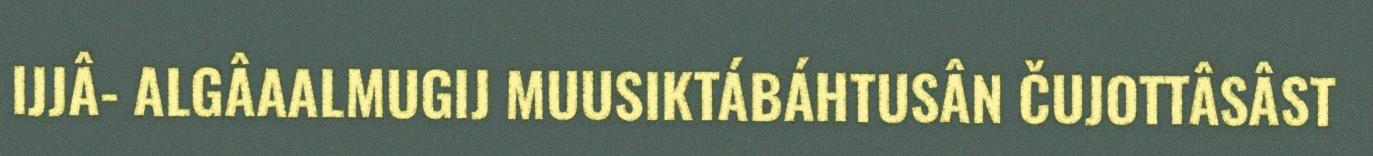
IJJÂ- ALGÂAALMUGIJ MUUSIKTÁBÁHTUSÂN ČUJOTTÂSÂST